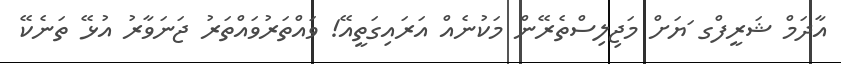
އާދަމް ޝަރީފްގ ަޔަށް މަޖިލިސްތެރޭން މަކުނެއް އަރައިގަތީއޭ! ވައްތަރުވައްތަރު ޖަނަވާރު އުޅޭ ތަނެކޭ